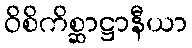
ဝိစိကိစ္ဆာဋ္ဌာနီယာ